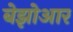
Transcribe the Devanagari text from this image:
बेझोआर